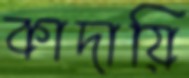
কাদায়ি